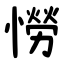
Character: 憦